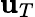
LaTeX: \mathbf{u}_{T}